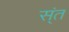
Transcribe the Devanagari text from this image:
स्ंत